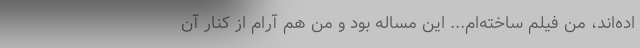
اده‌اند، من فیلم ساخته‌ام... این مساله بود و من هم آرام از کنار آن